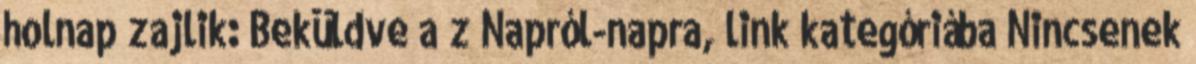
holnap zajlik: Beküldve a z Napról-napra, link kategóriába Nincsenek